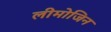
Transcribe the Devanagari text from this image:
लीमोजिन